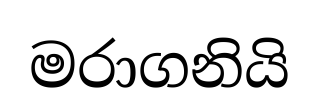
මරාගනියි